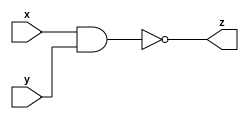
`timescale 1ns / 1ps
//////////////////////////////////////////////////////////////////////////////////
// Company: 
// Engineer: 
// 
// Design Name: 
// Module Name:    nand_1 
// Project Name: 
// Target Devices: 
// Tool versions: 
// Description: 
//
// Dependencies: 
//
// Revision: 
// Revision 0.01 - File Created
// Additional Comments: 
//
//////////////////////////////////////////////////////////////////////////////////
module nand_1(
    input x,
    input y,
    output z
    );

assign z=!(x&y);
endmodule